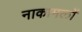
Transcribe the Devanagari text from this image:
नाकामलों